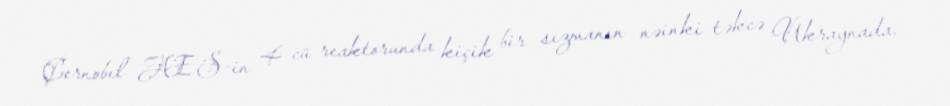
Çernobıl AES-in 4-cü reaktorunda kiçik bir sızmanın nəinki təkcə Ukraynada,